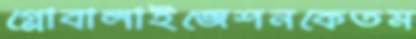
গ্লোবালাইজেশনকেতম